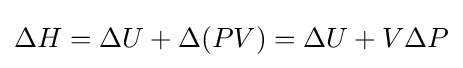
\Delta H=\Delta U+\Delta (PV)=\Delta U+V\Delta P